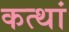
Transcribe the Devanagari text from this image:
कत्थां